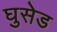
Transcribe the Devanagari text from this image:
घुसेड